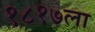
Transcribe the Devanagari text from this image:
१८१७ला